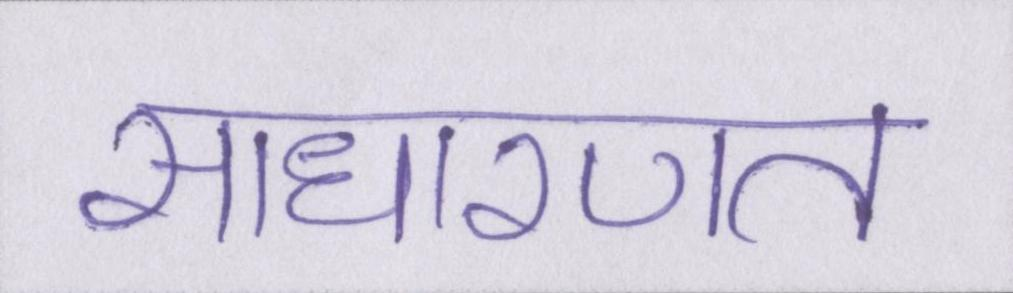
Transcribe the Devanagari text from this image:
साधारणत